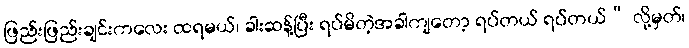
ဖြည်းဖြည်းချင်းကလေး ထရမယ်၊ ခါးဆန့်ပြီး ရပ်မိတဲ့အခါကျတော့ ရပ်တယ် ရပ်တယ်” လို့မှတ်၊